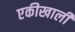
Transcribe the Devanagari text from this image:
एकीखाली